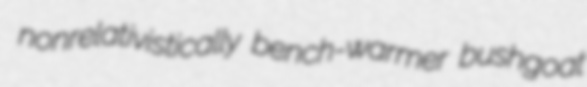
nonrelativistically bench-warmer bushgoat